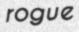
rogue